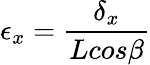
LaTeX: \epsilon{_x}=\frac{\delta{_x}}{Lcos\beta}